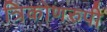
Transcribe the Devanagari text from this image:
त्रिकोणरुपी